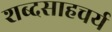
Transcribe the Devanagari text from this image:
शब्दसाहचर्य